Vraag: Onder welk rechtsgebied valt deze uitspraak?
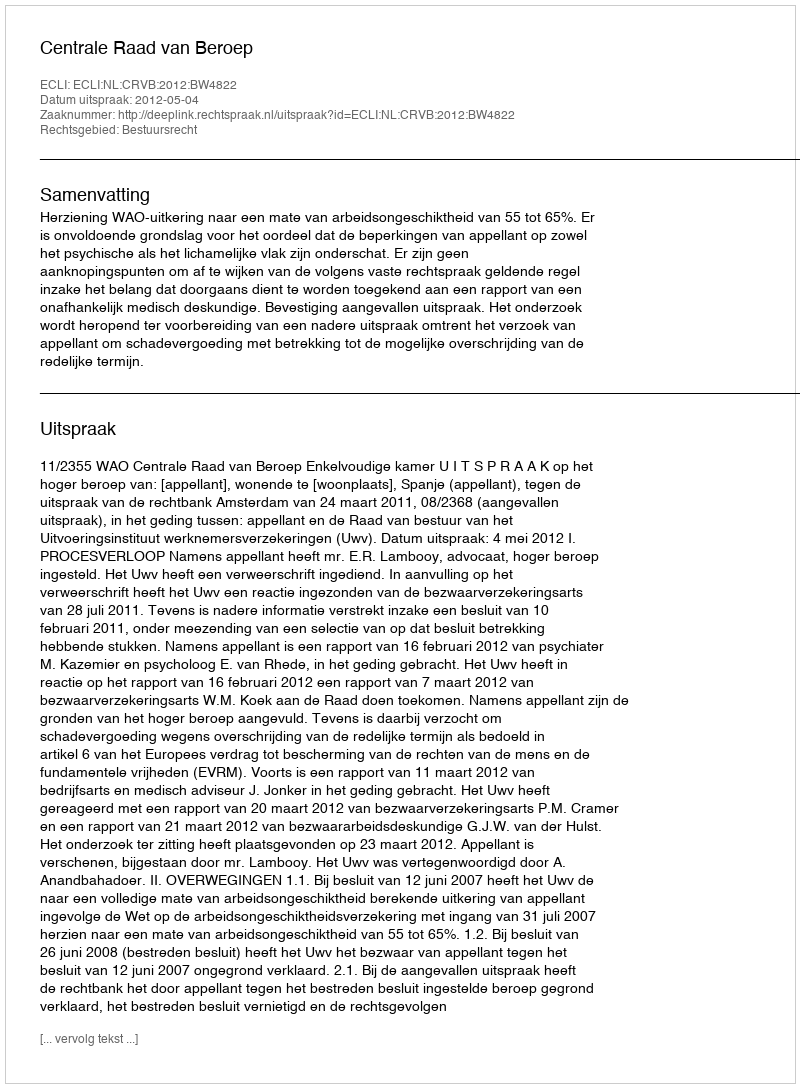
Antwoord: Bestuursrecht